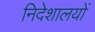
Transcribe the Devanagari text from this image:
निदेशालयों